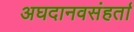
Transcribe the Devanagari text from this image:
अघदानवसंहर्ता